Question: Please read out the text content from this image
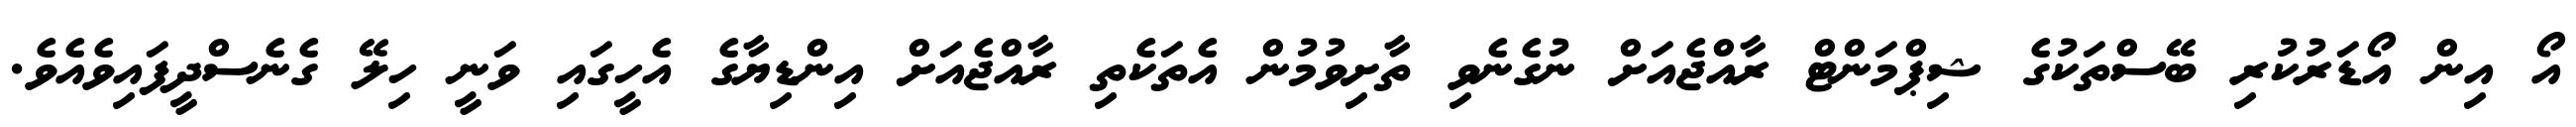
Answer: އޯ އިން އޯޑަރުކުރި ބޭސްތަކުގެ ޝިޕްމަންޓް ރާއްޖެއަށް ނުގެނެވި ތާށިވުމުން އެތަކެތި ރާއްޖެއަށް އިންޑިޔާގެ އެހީގައި ވަނީ ހިލޭ ގެނެސްދީފައިވެއެވެ.